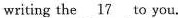
writingthe \underline{17} to you.